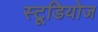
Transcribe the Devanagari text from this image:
स्‍टूडियोज